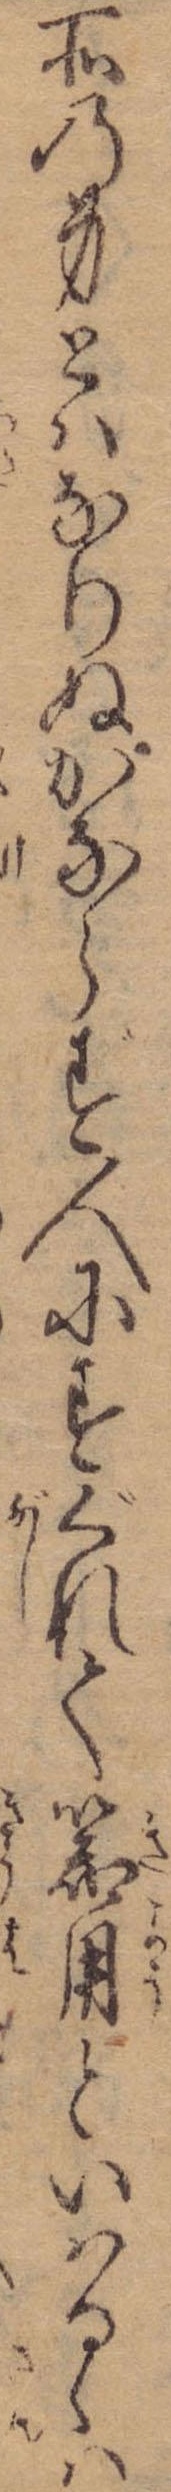
所の身とはなりぬかならず人にすぐれて器用といはるゝは